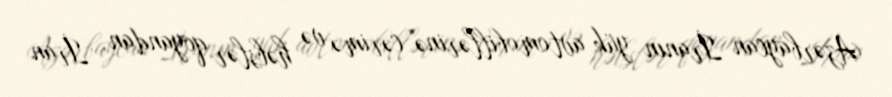
Azərbaycan İranın yük avtomobillərinə cərimə və həbslər qoyandan, İran